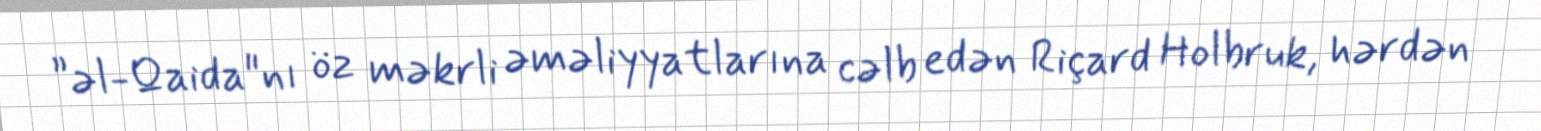
”əl-Qaida"nı öz məkrli əməliyyatlarına cəlb edən Riçard Holbruk, hərdən